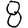
Digit: 8